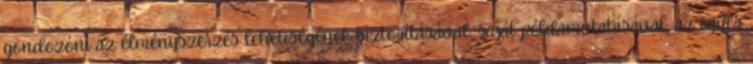
gondozónı az élményszerzés lehetıségének biztosításával, saját példamutatásával, az egyes